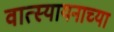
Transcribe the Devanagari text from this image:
वात्स्यायनाच्या